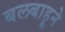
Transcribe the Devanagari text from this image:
बलबाहूने